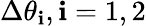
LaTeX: \Delta\theta_{\mathbf{i}},\mathbf{i}=1,2